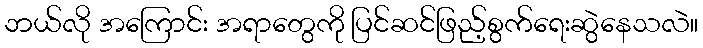
ဘယ်လို အကြောင်း အရာတွေကို ပြင်ဆင်ဖြည့်စွက်ရေးဆွဲနေသလဲ။